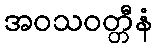
အဝသဝတ္တီနံ